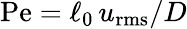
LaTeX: \mathrm{Pe}=\ell_{0}\, u_{\mathrm{rms}}/D